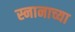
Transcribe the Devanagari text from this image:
स्नानाच्या